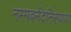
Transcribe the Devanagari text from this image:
नम्मवनेंदनिसयया